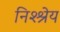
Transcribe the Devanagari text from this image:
निश्श्रेय